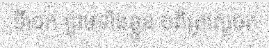
ទីដេក ព្រមទាំងខ្លួន បពិត្រស្តេចត